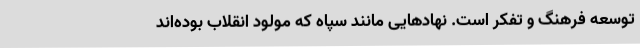
توسعه فرهنگ و تفکر است. نهادهایی مانند سپاه که مولود انقلاب بوده‌اند